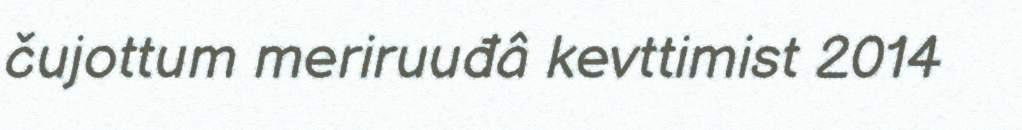
čujottum meriruuđâ kevttimist 2014